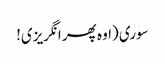
سوری (اوہ پھر انگریزی!